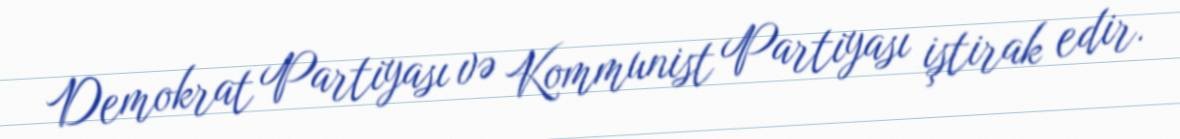
Demokrat Partiyası və Kommunist Partiyası iştirak edir.